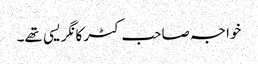
خواجہ صاحب کٹر کانگریسی تھے۔